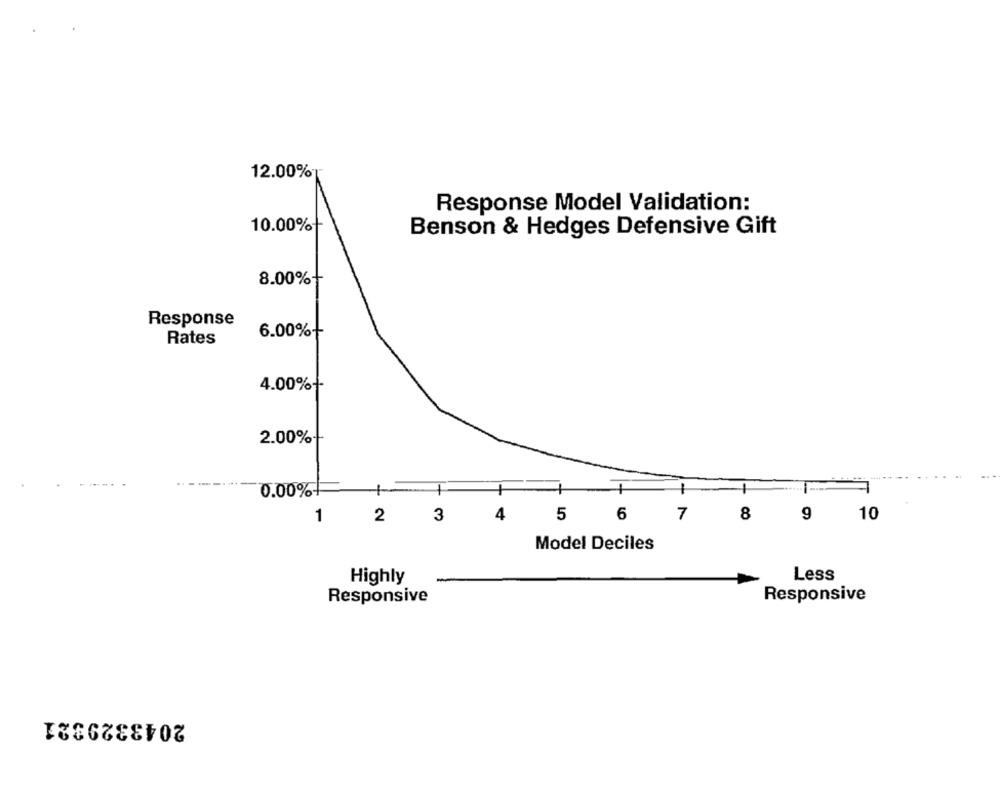
12.00%
Response Model Validation:
10.00%+
Benson & Hedges Defensive Gift
8.00%
Response
6.00%+
Rates
4.00%+
2.00%
0.00%-
8
1
2
3
4
5
6
= 7
9
10
Model Deciles
Less
Highly
Responsive
Responsive
2043329321